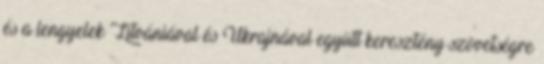
és a lengyelek Litvániával és Ukrajnával együtt keresztény szövetségre